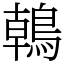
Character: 𪂂